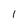
Character: 1